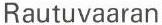
Rautuvaaran